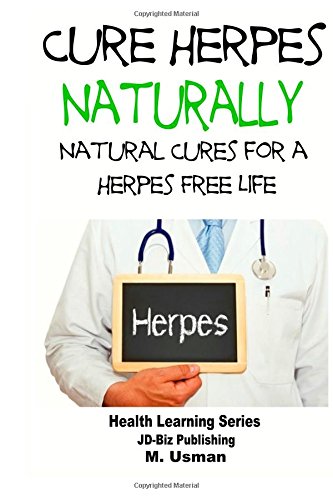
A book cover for Cure Herpes Naturally - Natural Cures for a Herpes Free Life; John Davidson; Health, Fitness & Dieting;